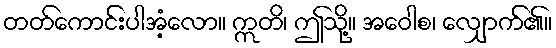
တတ်ကောင်းပါအံ့လော။ ဣတိ၊ ဤသို့။ အဝေါစ၊ လျှောက်၏။